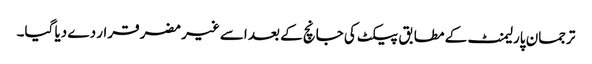
ترجمان پارلیمنٹ کے مطابق پیکٹ کی جانچ کے بعد اسے غیر مضر قرار دے دیا گیا۔